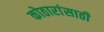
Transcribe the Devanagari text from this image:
कोठारांसाठी